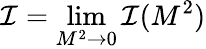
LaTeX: {\cal I}=\operatorname*{lim}_{M^{2}\rightarrow 0}{\cal I}(M^{2})